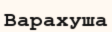
Варахуша